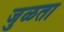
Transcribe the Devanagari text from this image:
जुळता